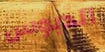
الدبوس